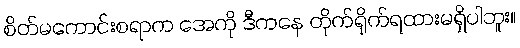
စိတ်မကောင်းစရာက အေကို ဒီကနေ တိုက်ရိုက်ရထားမရှိပါဘူး။